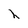
Character: h